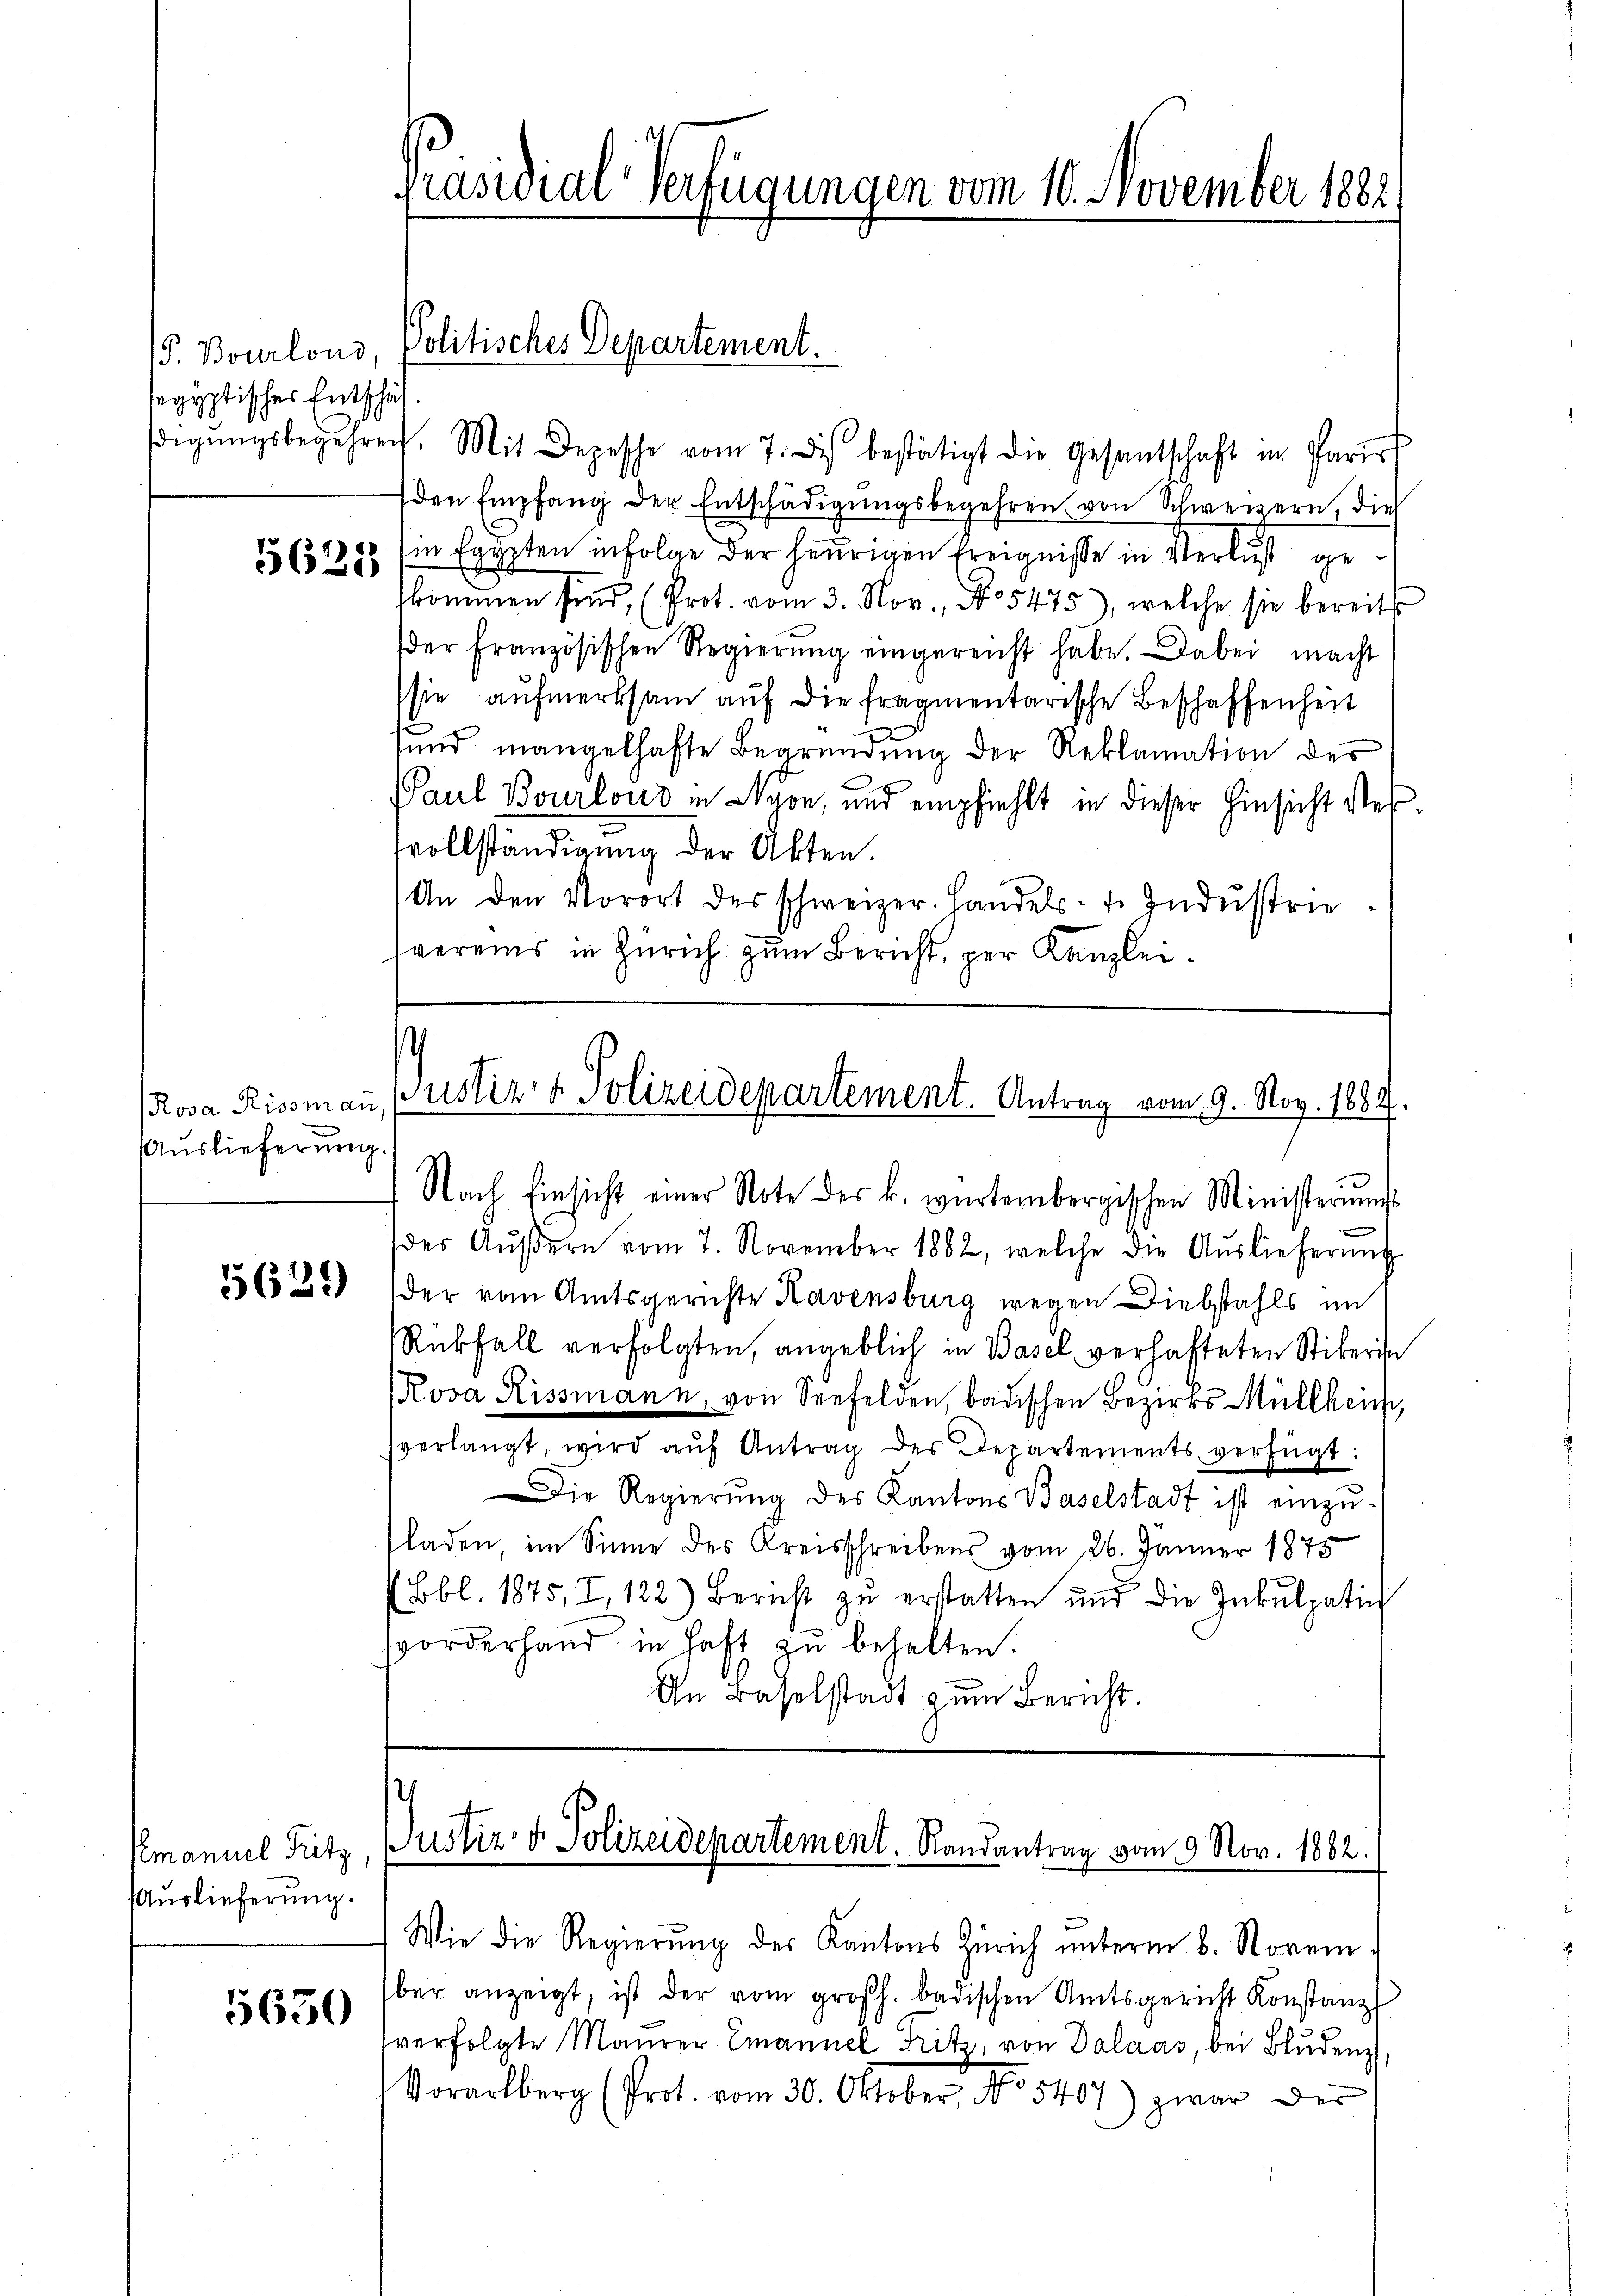
P. Bourlons,
segyptischer Entschäf

5625

Auslieferung

5629

Emanuel Fritz,
Auslieferung.

5650

digŭngsbegehren. Mit Depesche vom 7. des bestätigt die Gesantschaft in Paris
den Empfang der Entschädigŭngsbegehren von Schweizern, dies
in Egypten infolge der heurigen Ereigniße in Verlust geskommen sind, (Prot. vom 3. Nov., No 5475), welche sie bereits
der französischen Regierŭng eingereicht habe. Dabei macht
sie aufmerksam auf die fragmentarische Beschaffenheit
sund mangelhafte Begründung der Reklamation des
Paul Bourlon in Nyon, und empfiehlt in dieser Hinsicht vervollständigung der Akten.
An den Vorort des schweizer. Handels- u. Indŭstrie-
svereins in Zürich zum Bericht, per Kanzlei¬

Präsidial-Verfügungen vom 10. November 1882

Politisches Departement.

Rosa Rissmaṅ, Pustiz- & Polizeidepartement. Antrag vom 9. Nov. 1887.

Nach Einsicht einer Note des k. würtembergischen Ministerungs
des Aŭβern vom 7. November 1882, welche die Auslieferŭng
der vom Amtsgerichte Kavensburg wegen Diebstahls im
Rückfall verfolgten, angeblich in Basel verhafteten Stikerin
Rova Rissmann, von Seefelden, badischen Bezirks-Müllheich,
sverlangt, wird aŭf Antrag des Departements verfügt:
Die Regierŭng des Kantons Baselstadt ist einzŭ-
laden, im Sinne des Kreisschreibens vom 26. Jänner 1875
Bbl. 1875, I, 122) Bericht zŭ erstatten und die Inkulpati
forderhand in haft zŭ behalten.
An Baselstadt zum Bericht.

Justiz- & Polizeidepartement. Randantrag vom 9. Nov. 1882.

Wie die Regierŭng des Kantons Zürich ŭnterm 8. Novem
ber anzeigt, ist der vom großh. badischen Amtsgericht Konstanz
verfolgte Maurer Emanuel Fritz, von Dalaas, bei Bludenz,
Vorarlberg (Prot. vom 30. Oktober, No 5407) zwar der